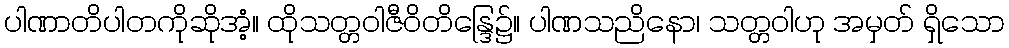
ပါဏာတိပါတကိုဆိုအံ့။ ထိုသတ္တဝါဇီဝိတိန္ဒြေ၌။ ပါဏသညိနော၊ သတ္တဝါဟု အမှတ် ရှိသော